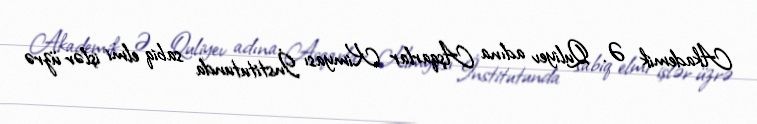
Akademik Ə. Quliyev adına Aşqarlar Kimyası İnstitutunda sabiq elmi işlər üzrə